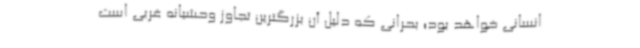
انسانی خواهد بود؛ بحرانی که دلیل آن بزرگترین تجاوز وحشیانه غربی است